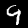
Label: 9